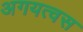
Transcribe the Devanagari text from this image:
अगयत्वस